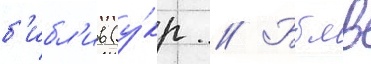
б'ибл'ив (у́кр // Бблв